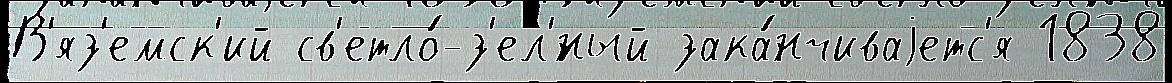
В'яз'емск'ий св'етло́-з'ел'́ный зака́нчиваjетс'я 1838